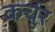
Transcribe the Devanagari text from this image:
कर्चुर